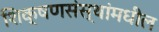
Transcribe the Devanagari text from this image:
शिक्षणसंस्थांमधील